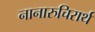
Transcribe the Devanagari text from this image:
नानारुचिरार्थ